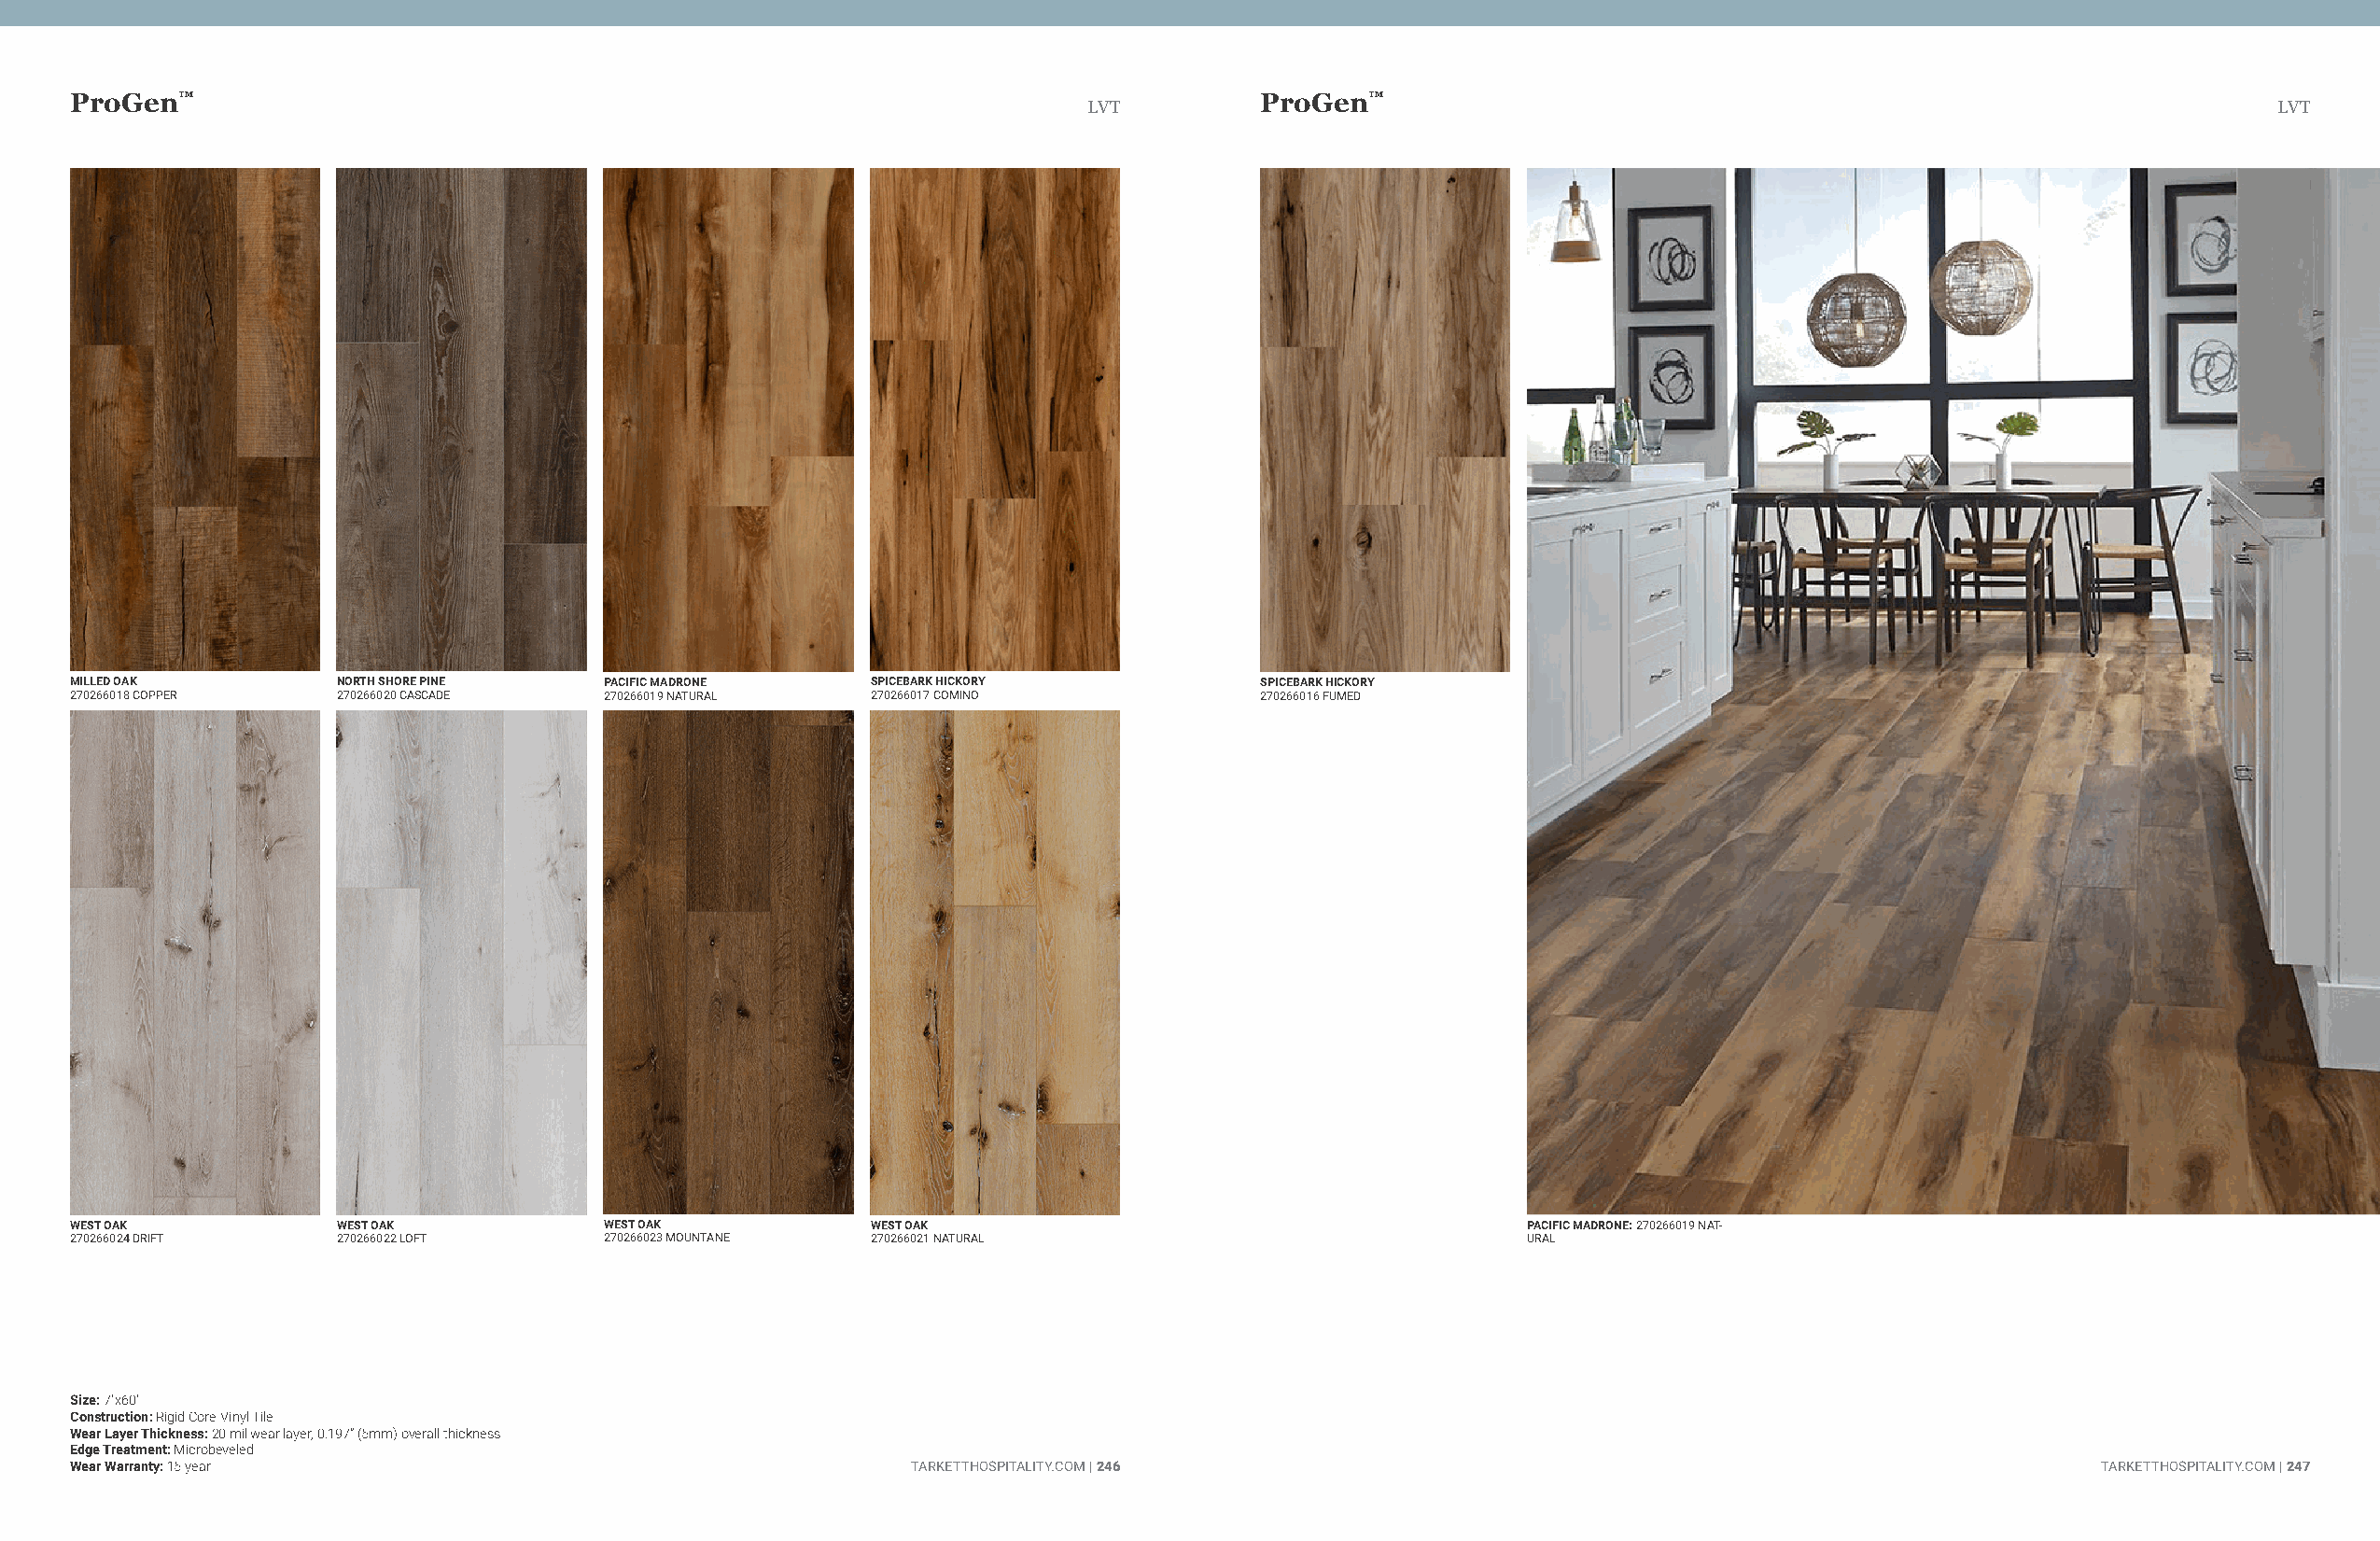
ProGen™                                                                             ProGen™
 LVT                                                                                  LVT
 MILLED OAK         NORTH SHORE PINE   PACIFIC MADRONE    SPICEBARK HICKORY          SPICEBARK HICKORY
 270266018 COPPER   270266020 CASCADE  270266019 NATURAL  270266017 COMINO           270266016 FUMED
 WEST OAK           WEST OAK           WEST OAK           WEST OAK                                      PACIFIC MADRONE: 270266019 NAT-
 270266024 DRIFT    270266022 LOFT     270266023 MOUNTANE 270266021 NATURAL                             URAL
 Size: 7"x60"
 Construction: Rigid Core Vinyl Tile
 Wear Layer Thickness: 20 mil wear layer, 0.197” (5mm) overall thickness
 Edge Treatment: Microbeveled
 Wear Warranty: 15 year                                      TARKETTHOSPITALITY.COM | 246                                                        TARKETTHOSPITALITY.COM | 247